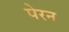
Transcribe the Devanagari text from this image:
पेरन